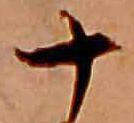
十